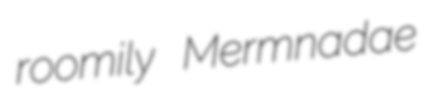
roomily Mermnadae